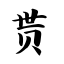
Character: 贳